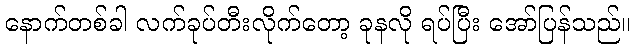
နောက်တစ်ခါ လက်ခုပ်တီးလိုက်တော့ ခုနလို ရပ်ပြီး အော်ပြန်သည်။